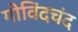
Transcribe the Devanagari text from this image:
गोविंदचंद